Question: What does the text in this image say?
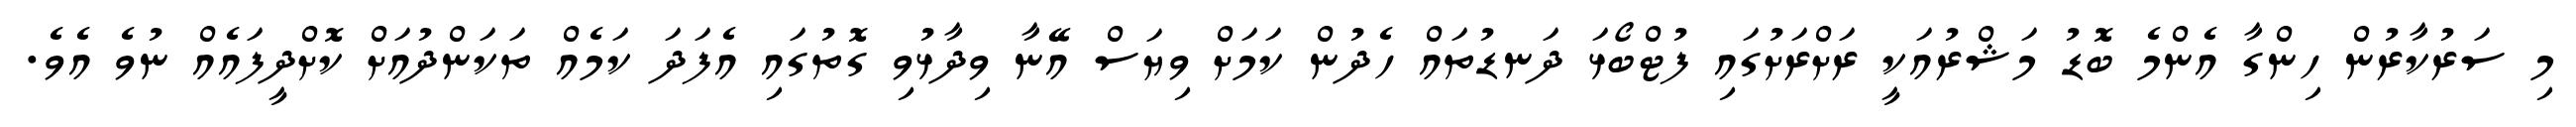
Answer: މި ސަރުކާރުން ހިންގާ އެންމެ ބޮޑު މަޝްރުއަކީ ރަށްރަށުގައި ފުޓްބޯޅަ ދަނޑުތައް ހެދުން ކަމަށް ވިޔަސް އޭނާ ވިދާޅުވި ގޮތުގައި އެފަދަ ކަމެއް ތަކަންދުއަށް ކޮށްދީފައެއް ނުވެ އެވެ.